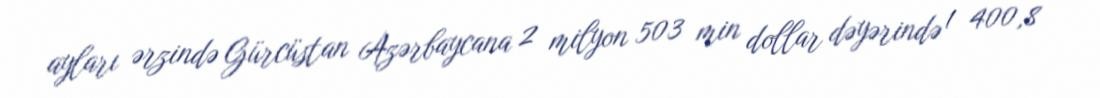
ayları ərzində Gürcüstan Azərbaycana 2 milyon 503 min dollar dəyərində 1 400,8